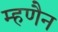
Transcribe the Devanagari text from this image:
म्हणैन